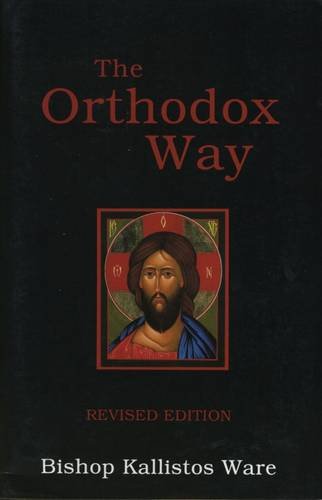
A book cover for The Orthodox Way; Kallistos Ware; Christian Books & Bibles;